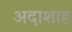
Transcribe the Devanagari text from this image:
अदाशाह